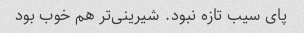
پای سیب تازه نبود. شیرینی‌تر هم خوب بود